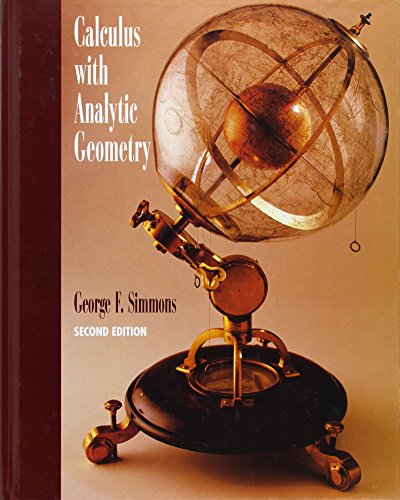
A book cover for Calculus With Analytic Geometry; George Simmons; Science & Math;